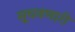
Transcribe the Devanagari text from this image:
सूचवणारी